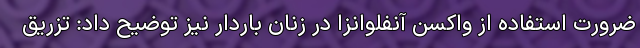
ضرورت استفاده از واکسن آنفلوانزا در زنان باردار نیز توضیح داد: تزریق